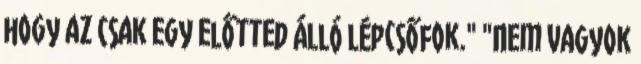
hogy az csak egy előtted álló lépcsőfok." "Nem vagyok